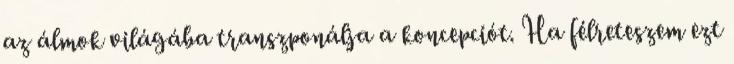
az álmok világába transzponálja a koncepciót. Ha félreteszem ezt